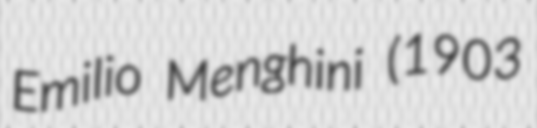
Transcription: Emilio Menghini (1903